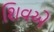
શિવએ